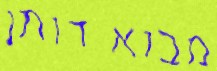
מבוא דותן